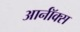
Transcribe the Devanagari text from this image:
आर्नॉक्स